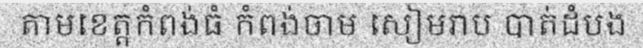
តាមខេត្តកំពង់ធំ កំពង់ចាម សៀមរាប បាត់ដំបង